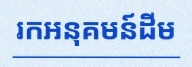
រកអនុគមន៍ដើម